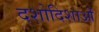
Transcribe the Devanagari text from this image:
दशोदिशाओं